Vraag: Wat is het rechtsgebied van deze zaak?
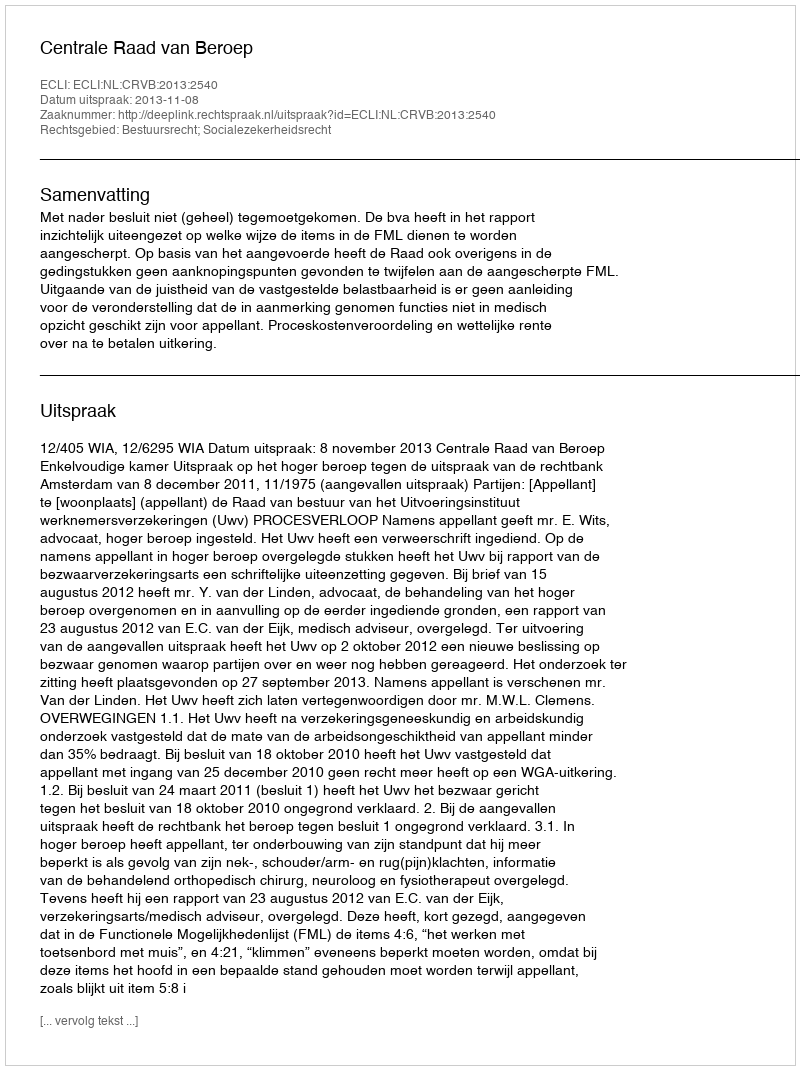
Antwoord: Bestuursrecht; Socialezekerheidsrecht